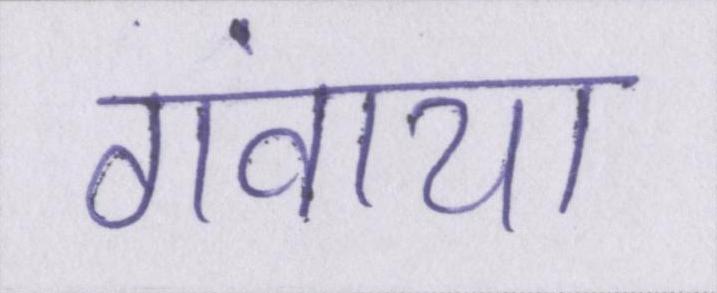
गंवाया